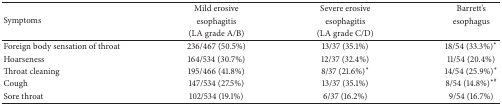
| <ROWSPAN=3> Symptoms | Mild erosive | Severe erosive | Barrett's |
 | esophagitis | esophagitis | esophagus |
 | (LA grade A/B) | (LA grade C/D) |  |
 | --- | --- | --- | --- |
 | Foreign body sensation of throat | 236/467 (50.5%) | 13/37 (35.1%) | 18/54 (33.3%)* |
 | Hoarseness | 164/534 (30.7%) | 12/37 (32.4%) | 11/54 (20.4%) |
 | Throat cleaning | 195/466 (41.8%) | 8/37 (21.6%)* | 14/54 (25.9%)* |
 | Cough | 147/534 (27.5%) | 13/37 (35.1%) | 8/54 (14.8%)∗# |
 | Sore throat | 102/534 (19.1%) | 6/37 (16.2%) | 9/54 (16.7%) |